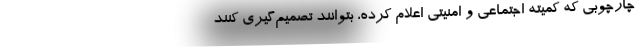
چارچوبی که کمیته اجتماعی و امنیتی اعلام کرده، بتوانند تصمیم‌گیری کنند